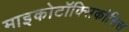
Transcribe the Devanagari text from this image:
माइकोटॉक्सिकोसिस